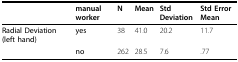
<table><thead><tr><td></td><td><b>manual worker</b></td><td><b>N</b></td><td><b>Mean</b></td><td><b>Std Deviation</b></td><td><b>Std Error Mean</b></td></tr></thead><tbody><tr><td><b>Radial Deviation (left hand)</b></td><td><b>yes</b></td><td>38</td><td>41.0</td><td>20.2</td><td>11.7</td></tr><tr><td></td><td><b>no</b></td><td>262</td><td>28.5</td><td>7.6</td><td>.77</td></tr></tbody></table>